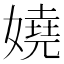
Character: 嬈